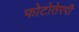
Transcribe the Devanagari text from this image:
फोटोतेरपी